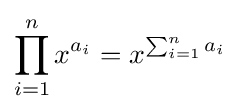
\prod _{i=1}^{n}x^{a_{i}}=x^{\sum _{i=1}^{n}a_{i}}